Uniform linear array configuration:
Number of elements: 4
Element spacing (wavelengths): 0.75
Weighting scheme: binomial
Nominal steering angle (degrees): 30
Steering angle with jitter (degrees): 31.027
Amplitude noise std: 0.05
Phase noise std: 0.05

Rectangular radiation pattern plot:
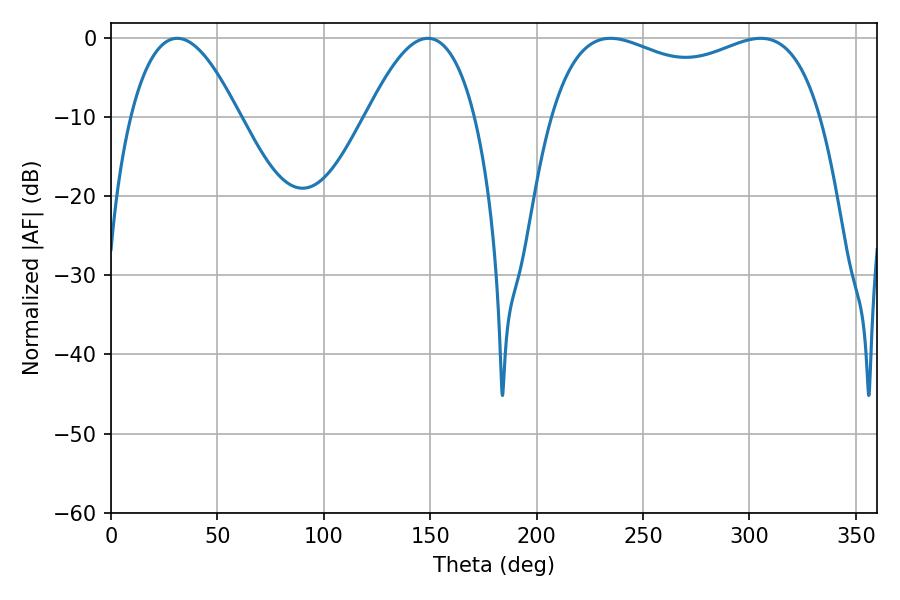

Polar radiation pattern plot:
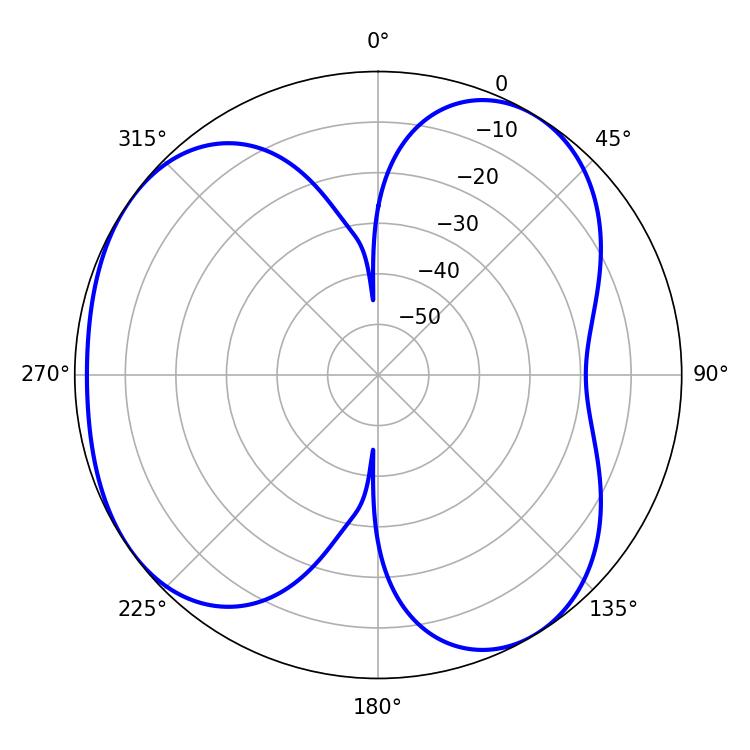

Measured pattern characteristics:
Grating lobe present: TRUE
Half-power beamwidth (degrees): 104.76
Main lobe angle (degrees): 234.72